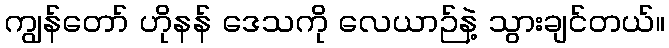
ကျွန်တော် ဟိုနန် ဒေသကို လေယာဉ်နဲ့ သွားချင်တယ်။